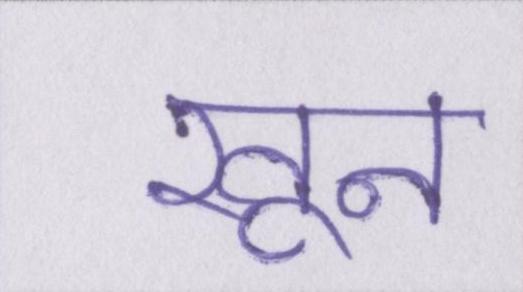
खून